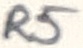
Text: R5